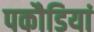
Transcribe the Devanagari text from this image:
पकौडियां